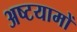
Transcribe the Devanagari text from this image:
अष्टयामों